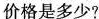
价格是多少?